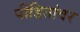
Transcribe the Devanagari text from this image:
पीडितांवर